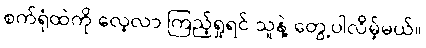
စက်ရုံထဲကို လေ့လာ ကြည့်ရှုရင် သူနဲ့ တွေ့ပါလိမ့်မယ်။